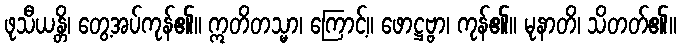
ဖုသီယန္တိ၊ တွေ့အပ်ကုန်၏။ ဣတိတသ္မာ၊ ကြောင့်။ ဖောဋ္ဌဗ္ဗာ၊ ကုန်၏။ မုနာတိ၊ သိတတ်၏။